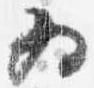
為